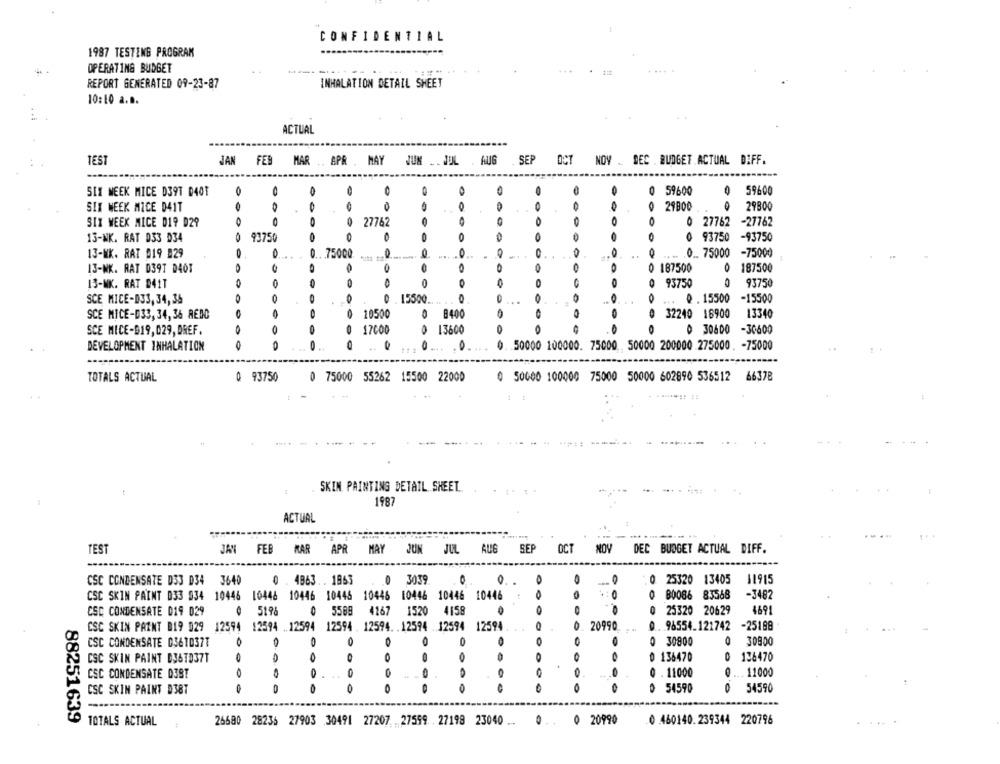
CONFIDENTIAL
1987 TESTING PROGRAM
OPERATING BUDGET
---
REPORT GENERATED 09-23-87
INHALATION DETAIL SHEET
10:10 a.B.
ACTUAL
TEST
JAN FEB MAR .. APR . MAY JUN .. JUL . AUG .SEP
NOV . DEC . BUDGET ACTUAL DIFF.
SIX WEEK MICE D39T D401
0
O
59600
59600
SIX WEEK MICE D41T
0
0
0
29800
29800
O
27762
-27762
SIX WEEK MICE D19 D29
27762
13-NK. RAT 033 D34
93750
0
0
0
93750
-93750
O
0 .. 75000 -75000
13-KK. RAI 019 029
... 75000.
1.
0
0
187500
13-NK. RAT D39T D401
0 187500
0
O
93750
93750
13-NK. RAT D41T
0
0
15500
0
Q .15500
-15500
SCE MICE-D33, 34,36
0
10500
8400
32240 16900
13340
SCE MICE-033, 34, 36 REDO
17000
0
SCE MICE-919,029, DREF.
O
13600
0 30600 -30600
O
DEVELOPMENT INHALATION
50000 100000. 75000. 50000 200000 275000 . - 75000
TOTALS ACTUAL
0 93750
0 75000 55262 15500 22000
0 50000 100000 75000 50000 602890 536512 66378
SKIN PAINTING DETAIL SHEEL.
1987
ACTUAL
- -.. .
TEST
JAN FEB KAR APR MAY JUN JUL AUG SEP OCT NOV DEC BUDGET ACTUAL DIFF.
0 . 4863. . 1863
.0 3039.
0. .
0 25320 13405
11915
CSC CONDENSATE D33 D34 3640
O
CSC SKIN PAINT 033 934 10446 10446 10446 10446 10446 10446 10446 10446
0
O
B0086 83568
-3482
CSC CONDENSATE 019 029
0 519%
0 5589 4267 1520 4158
.
O
0
25320 20629
4691
CSC SKIN PAINT 019 029 12594 12594 .12594 12594 . 12594. . 12594 .12594 12594
20990
O
96554_121742
-25188
CSC CONDENSATE 03610377
O
O
0 30800
0
30900
O
O
0 136470
136470
CSC SKIN PAINT D36TD37T
0
0
0
0 . 11000
11000
CSC CONDENSATE 03ST
...
O
0 54590
0
CSC SKIN PAINT D38T
54590
88251639
TOTALS ACTUAL
26680 28236 27903 30491 27207 27599 .27198 23040 ..
20990
0 460140. 239344 220796